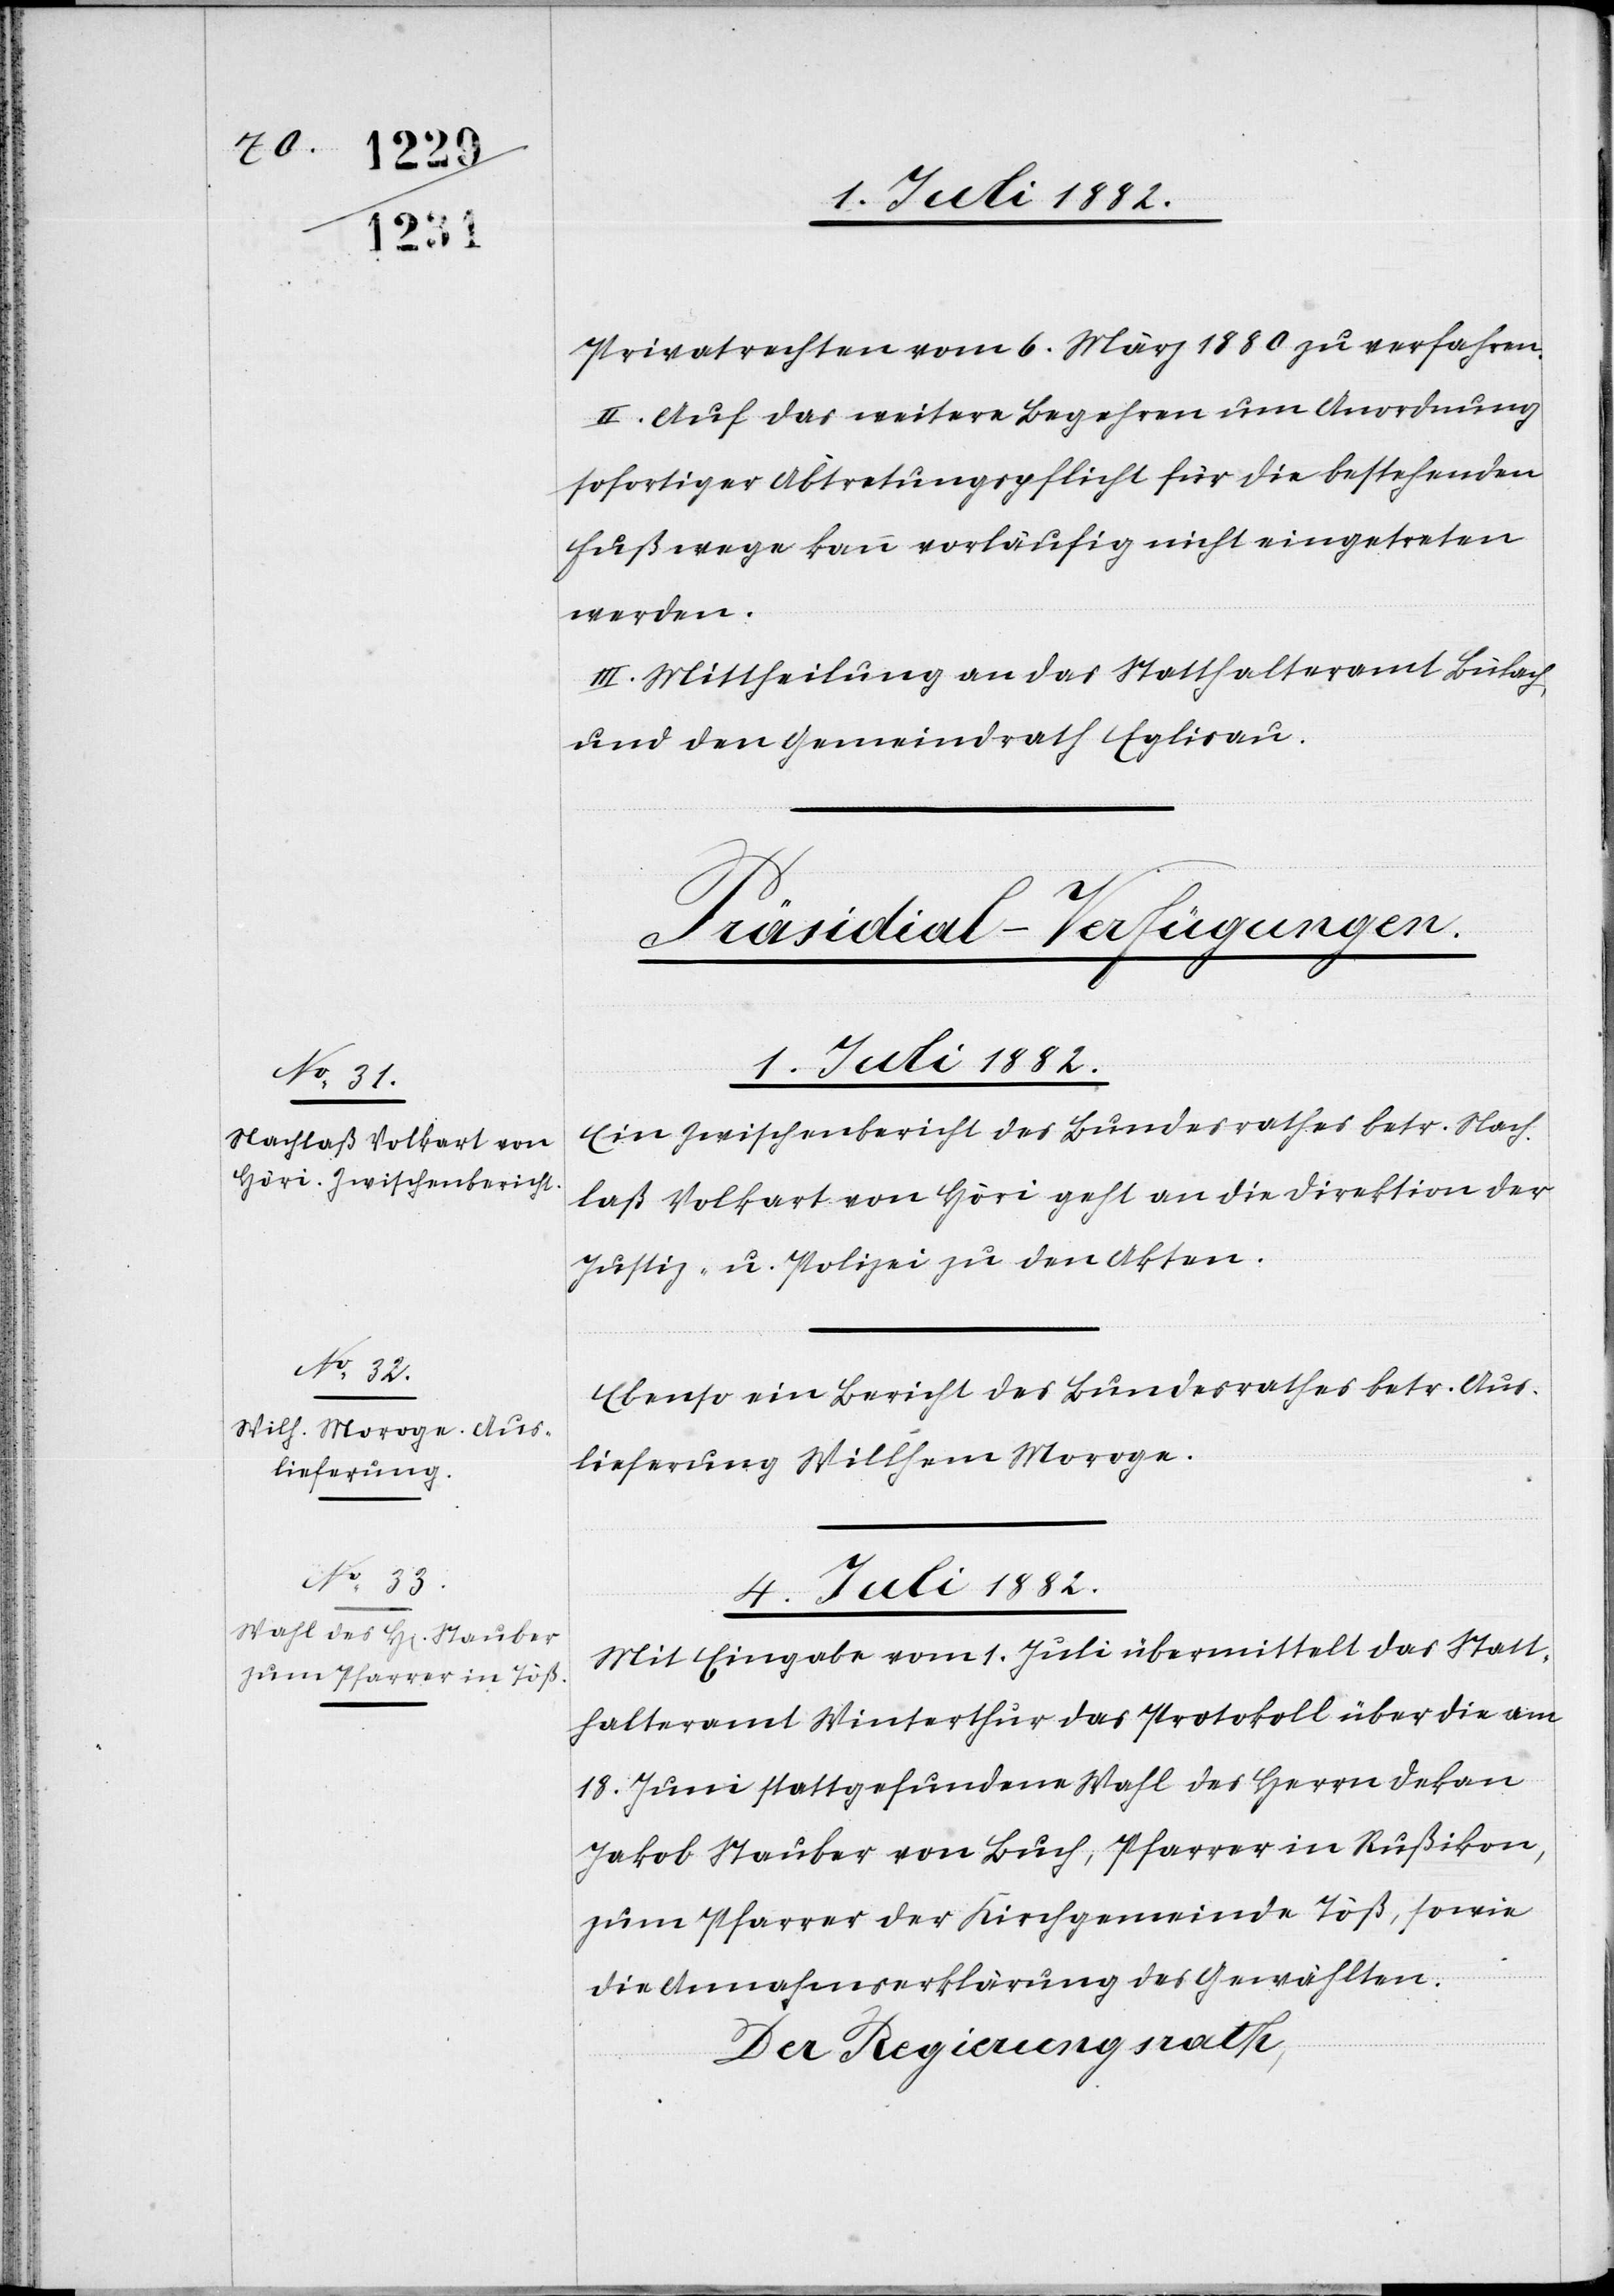
Privatrechten vom 6. März 1880 zu verfahren.
II. Auf das weitere Begehren um Anordnung
sofortiger Abtretungspflicht für die bestehenden
Fußwege kann vorläufig nicht eingetreten
werden.
III. Mittheilung an das Statthalteramt Bülach
und den Gemeindrath Eglisau.
[Präsidial-Verfügungen.]
1. Juli 1882.]
Ein Zwischenbericht des Bundesrathes betr. Nach¬
laß Volkart von Höri geht an die Direktion der
Justiz & Polizei zu den Akten.
Ebenso ein Bericht des Bundesrathes betr. Aus¬
lieferung Wilhelm Moroge.
4. Juli 1882.
Mit Eingabe vom 1. Juli übermittelt das Statt¬
halteramt Winterthur das Protokoll über die am
18. Juni stattgefundene Wahl des Herrn Dekan
Jakob Stauber von Buch, Pfarrer in Rußikon,
zum Pfarrer der Kirchgemeinde Töß, sowie
die Annahmserklärung des Gewählten.
Der Regierungsrath,